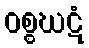
ဝစ္စဃဋံ